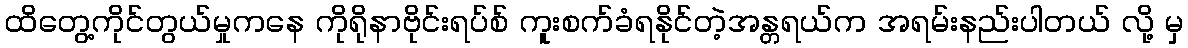
ထိတွေ့ကိုင်တွယ်မှုကနေ ကိုရိုနာဗိုင်းရပ်စ် ကူးစက်ခံရနိုင်တဲ့အန္တရယ်က အရမ်းနည်းပါတယ် လို့ မှ